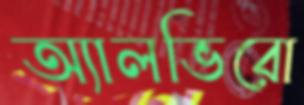
অ্যালভিরো